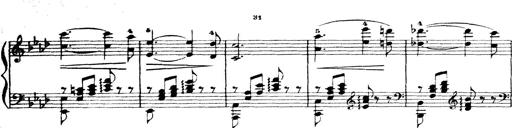
Title: Wagner-Liszt Album
Composer: Franz Liszt